Lunatic asylums Punjab 1895-1910 - 1895-1910
Year: 1895
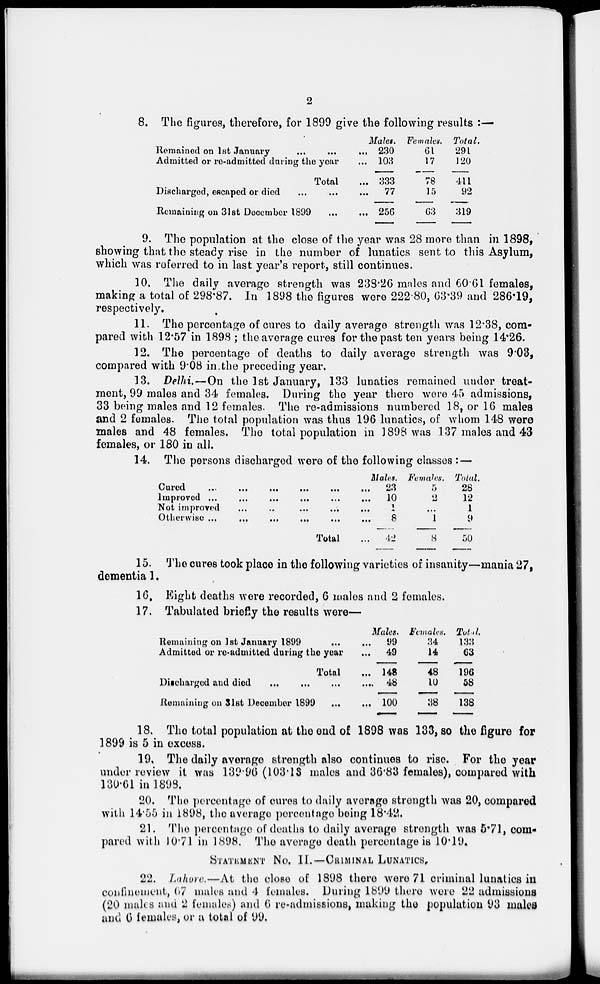
2
8. The figures, therefore, for 1899 give the following results :—
Remained on 1st January
...
...
...
Admitted or re-admitted during the year ...
Total ...
Discharged, escaped or died
...
...
...
Remaining on 31st December 1899
...
...
Males.
230
103
333
77
256
Females.
61
17
78
15
63
Total.
291
120
411
92
319
9. The population at the close of the year was 28 more than in 1898,
showing that the steady rise in the number of lunatics sent to this Asylum,
which was referred to in last year's report, still continues.
10. The daily average strength was 238.26 males and 60.61 females,
making a total of 298.87. In 1898 the figures were 222.80, 63.39 and 286.19,
respectively.
11. The percentage of cures to daily average strength was 12.38, com-
pared with 12.57 in 1898 ; the average cures for the past ten years being 14.26.
12. The percentage of deaths to daily average strength was 9.03,
compared with 9.08 in the preceding year.
13. Delhi.—On the 1st January, 133 lunatics remained under treat-
ment, 99 males and 34 females. During the year there were 45 admissions,
33 being males and 12 females. The re-admissions numbered 18, or 16 males
and 2 females. The total population was thus 196 lunatics, of whom 148 were
males and 48 females. The total population in 1898 was 137 males and 43
females, or 180 in all.
14. The persons discharged were of the following classes :—
Cured ... ... ... ... ... ...
Improved
...
...
...
...
...
...
Not improved
...
...
...
...
...
...
Otherwise
...
...
...
...
...
...
Total ...
Males.
23
10
1
8
42
Females.
5
2
...
1
8
Total.
28
12
1
9
50
15. The cures took place in the following varieties of insanity—mania 27,
dementia 1.
16. Eight deaths were recorded, 6 males and 2 females.
17. Tabulated briefly the results were—
Remaining on 1st January 1899
...
...
Admitted or re-admitted during the year ...
Total ...
Discharged and died
...
...
...
...
Remaining on 31st December 1899
...
...
Males.
99
49
148
48
100
Females.
34
14
48
10
38
Total.
133
63
l96
58
138
18. The total population at the end of 1898 was 133, so the figure for
1899 is 5 in excess.
19. The daily average strength also continues to rise. For the year
under review it was 139.96(103.13 males and 36.83 females), compared with
130.61 in 1898.
20. The percentage of cures to daily average strength was 20, compared
with 14.55 in 1898, the average percentage being 18.42.
21. The percentage of deaths to daily average strength was 5.71, com-
pared with 10.71 in 1898. The average death percentage is 10.19.
STATEMENT No. II.—CRIMINAL LUNATICS.
22. Lahore.—At the close of 1898 there were 71 criminal lunatics in
confinement, 67 males and 4 females. During 1899 there were 22 admissions
(20 males and 2 females) and 6 re-admissions, making the population 93 males
and 6 females, or a total of 99.